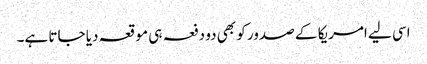
اسی لیے امریکا کے صدور کو بھی دو دفعہ ہی موقعہ دیا جاتا ہے۔